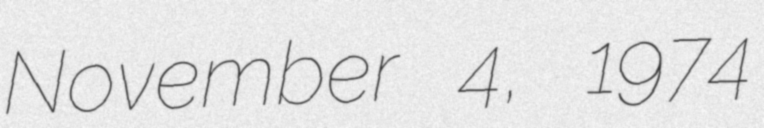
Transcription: November 4, 1974